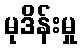
မုဒိန်းမှု